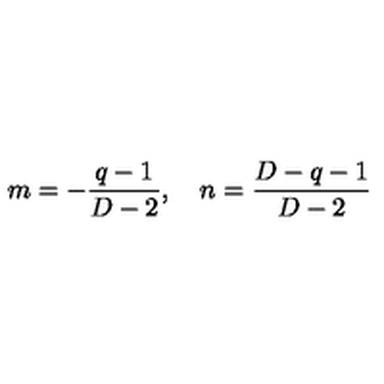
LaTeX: m = - \frac { q - 1 } { D - 2 } , \quad n = \frac { D - q - 1 } { D - 2 }